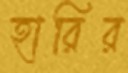
হারির